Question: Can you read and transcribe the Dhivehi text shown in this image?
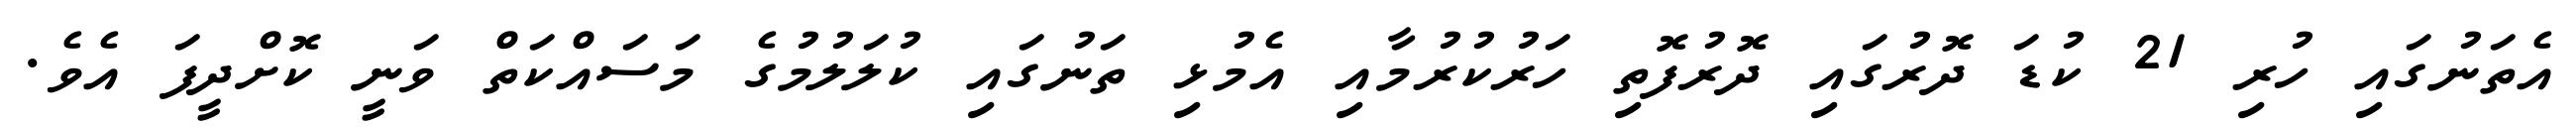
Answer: އެތަނުގައި ހުރި 21 ކުޑަ ދޮރުގައި ދޮރުފޮތި ހަރުކުރުމާއި އެމުޅި ތަނުގައި ކުލަލުމުގެ މަސައްކަތް ވަނީ ކޮށްދީފަ އެވެ.